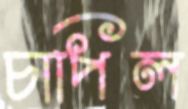
চাপিল